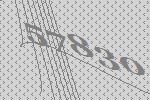
57830